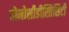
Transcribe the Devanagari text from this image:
होमोसीडीस्तिसिटी